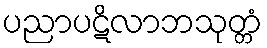
ပညာပဋိလာဘသုတ္တံ